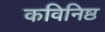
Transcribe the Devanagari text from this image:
कविनिष्ठ